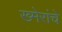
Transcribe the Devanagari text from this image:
ख्मेरांचे